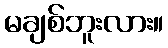
မချစ်ဘူးလား။